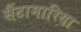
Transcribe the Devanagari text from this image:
सैंटामारिया